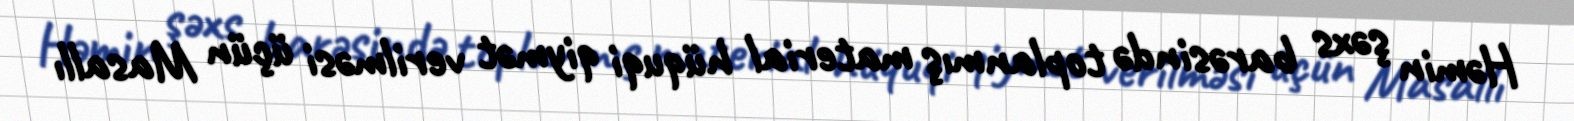
Həmin şəxs barəsində toplanmış material hüquqi qiymət verilməsi üçün Masallı